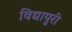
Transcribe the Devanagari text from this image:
विद्यापुरी